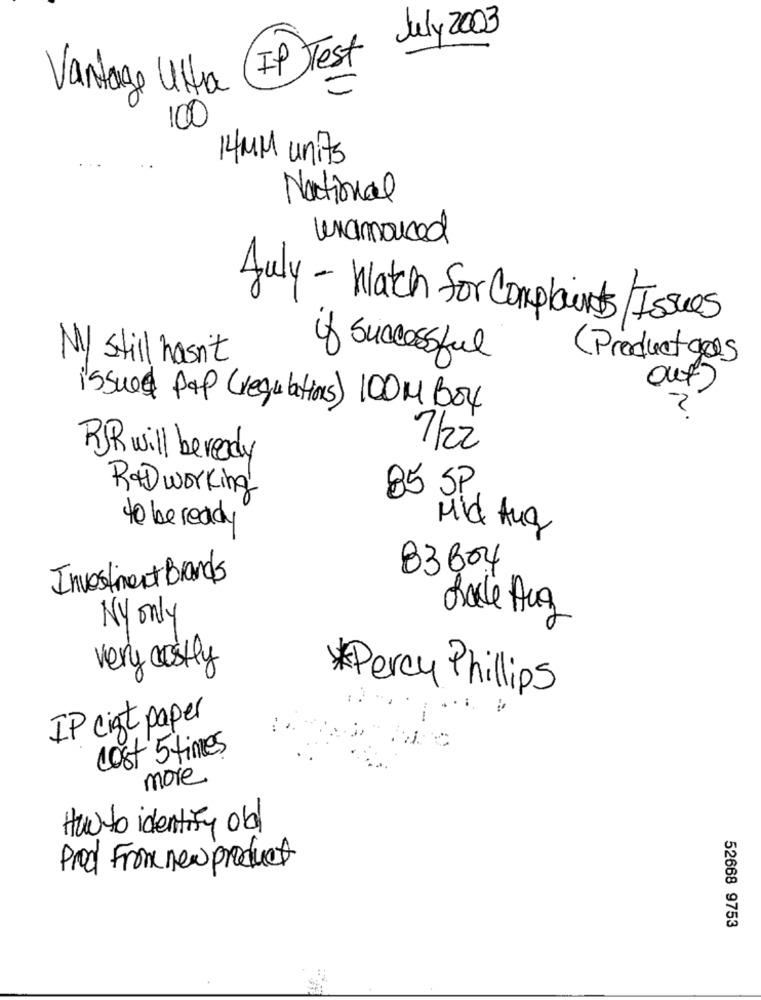
July 2003
(IP)Test
Vantage Ultra
100
14 MM units
National
unannounced
July - Watch for Complaints /Issues
M/ still hasn't
of successful
(Product goes
out
issued pap (regulations) 100M Boy
2
7/22
RJR will beready
R+D working
85 SP
to be ready
Mid Aug
83804
Investment Brands
NY only
very costly
* Percy Phillips
IP cist paper
cost 5 times
more
Howto identify ob
Prod From new product
52668 9753